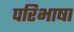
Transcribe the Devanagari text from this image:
परिभाषा